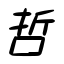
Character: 哲